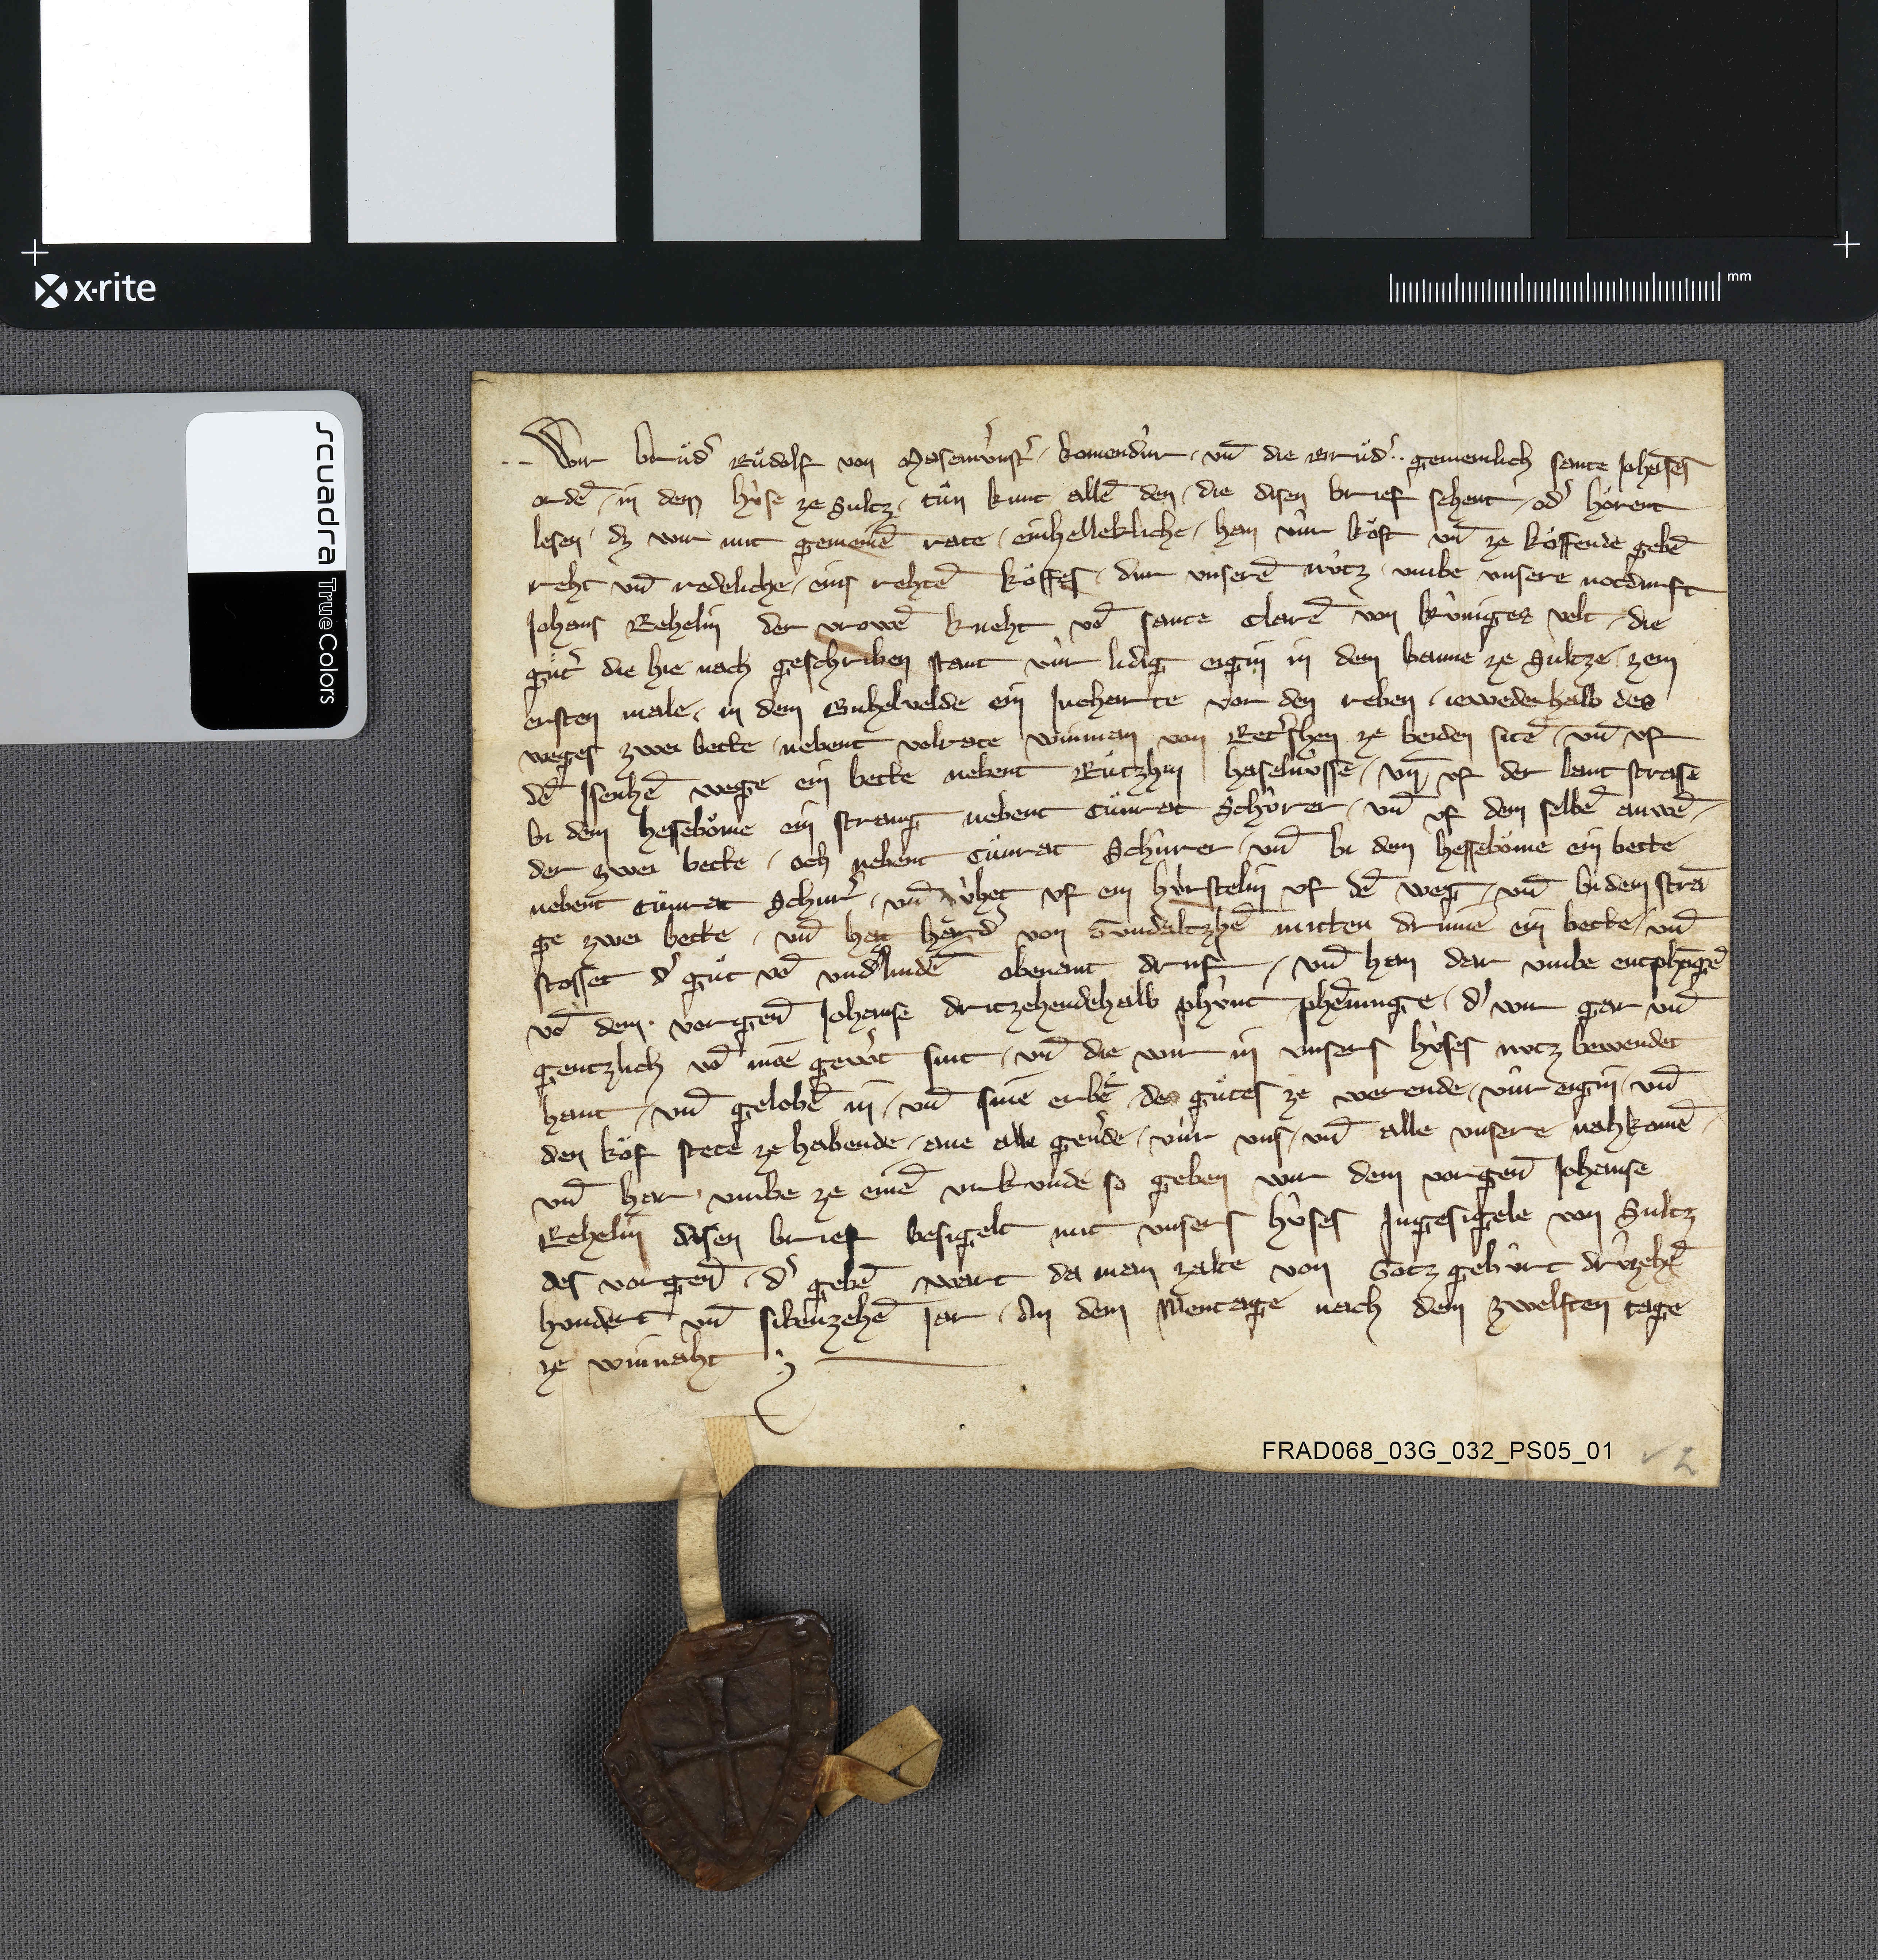
✳ ✳ Wir ✳ bruͦdˀ Ruͦdolf von Masemùnstˀ ✳ komendùr ✳ un̄ die bruͦdˀ ✳ ✳ gemeinlich Sante Johāses
ordē ✳ in dem hùse ze Sultz ✳ tuͦn kunt allē den ✳ die disen brief sehent ✳ odˀ hoͤrent
lesen ✳ dz wir mit gemeineˀ rate ✳ einhelleklicht ✳ han vùr koͧft un̄ ze koͤffende gebē
reht un̄ redeliche ✳ eins rehtē koͧffes ✳ dur unserē nûtz ✳ umbe unsere notdurft
Johnas Rehelin der vrowē kneht vō Sante Clarē von Kûniges velt ✳ die
guͤtˀ die hie nach geschriben stant vùr lidig eigin in dem banne ze Sultze ✳ zem
ersten male ✳ in dem Guhelvelde ein jucharte vor den reben ✳ jewederhalb des
weges zwei bette ✳ nebent Volrate Winman von Retˀshen ze beiden sitē ✳ un̄ uf
dē Isenhē wege ein bette nebent Ruͦtzhin Haselnùsse ✳ un̄ uf der lant strasse
bi dem Hesseboͧme ein strang nebent Cuͦnrat Schûrer ✳ un̄ uf dem selbē anwē¬
der zwei bette ✳ och nebent Cuͦnrat Schûrer ✳ un̄ bi dem Hesseboͧme ein bette
nebent Cuͦnrat Schurˀ ✳ un̄ ùhet uf ein hùrstelin uf deˀ weg ✳ un̄ bi dem strā-
ge zwei bette ✳ und helt Haͤrdˀ von Gundoltzhē mitten drinnē ein bette ✳ un̄
stosset dˀ guͦt vō Undˀlindē obenant druf ✳ un̄ han dar umbe entphāgē
vō dem ✳ vorgen̄ Johanse dritzehendehalb phùnt phēninge ✳ dˀ wir gar un̄
gentzlich vō inē gewˀt sint ✳ un̄ die wir in unsers hùses nutz bewendet
hant ✳ un̄ gelobē in ✳ un̄ sine erbē ✳ des guͦtes ze werende ✳ vûr eigin ✳ un̄
den koͧf stete ze habende ✳ ane alle gevˀde ✳ vùr uns ✳ un̄ alle unsere nahkomē
un̄ har ✳ umbe ze einē urkùnde so geben wir dem vorgen̄ Johanse
Rehelin disen brief besigelt mit unsers hûses ingesigele von Sultz
des vorgen̄ ✳ dˀ gebē wart da man zalte von gotz gebûrt drûzehē-
hundert un̄ sibenzehē jar ✳ an dem mentage nach dem zwelten tage
ze wiunaht. ✳